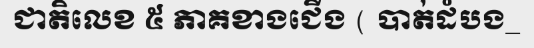
ជាតិលេខ ៥ ភាគខាងជើង ( បាត់ដំបង_